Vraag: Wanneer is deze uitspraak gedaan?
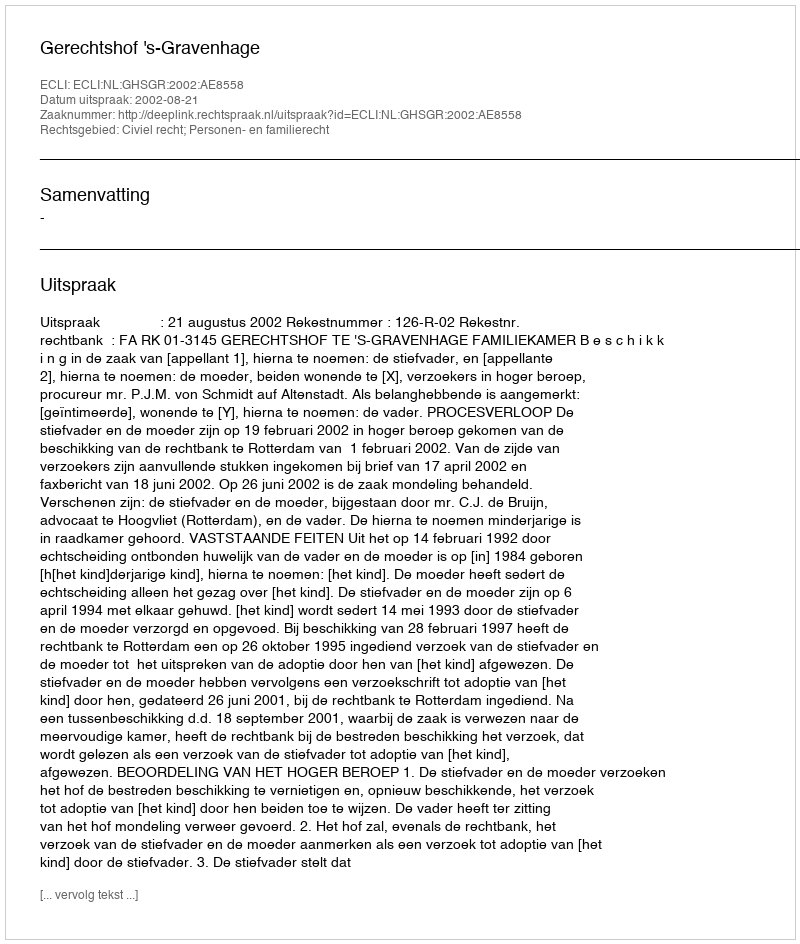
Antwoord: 2002-08-21